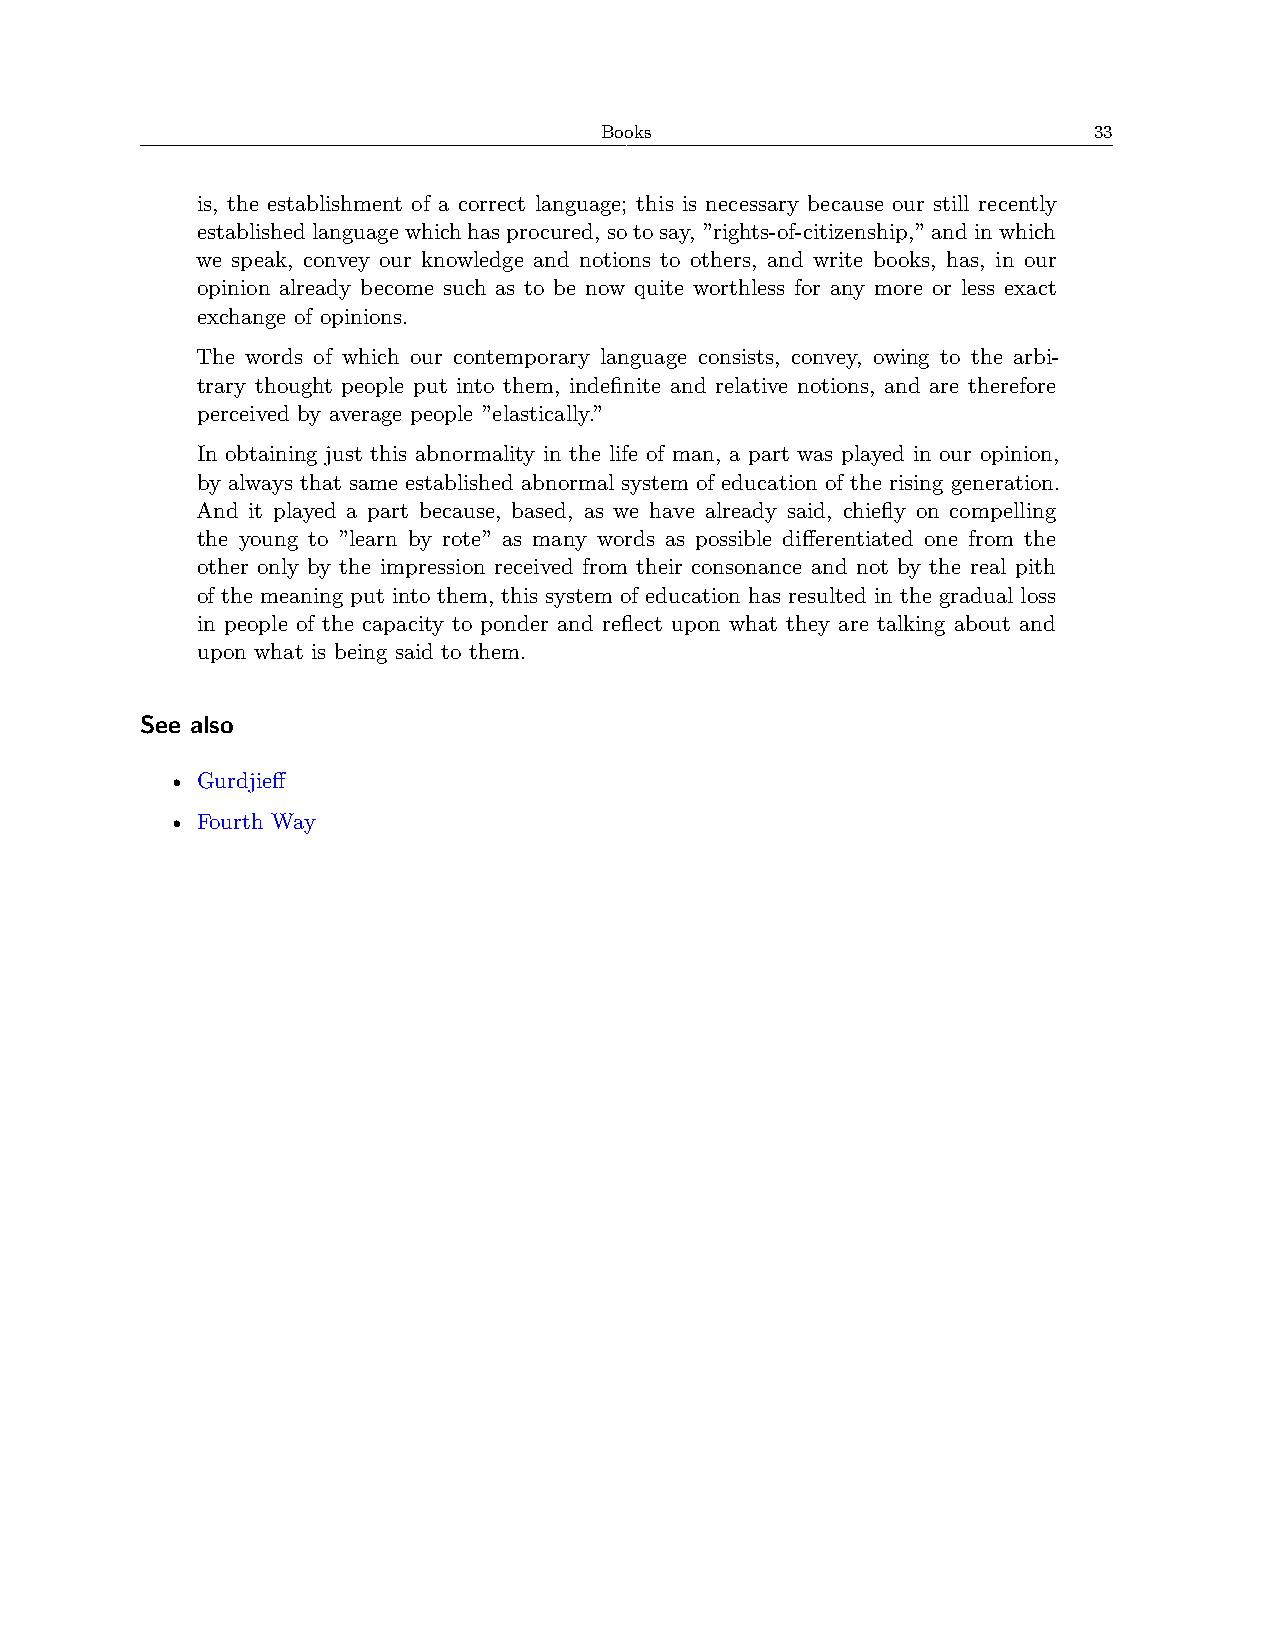
Books                           33
 is, the establishment of a correct language; this is necessary because our still recently
 establishedlanguagewhichhasprocured, sotosay, ”rights-of-citizenship,”andinwhich
 we speak, convey our knowledge and notions to others, and write books, has, in our
 opinion already become such as to be now quite worthless for any more or less exact
 exchange of opinions.
 The words of which our contemporary language consists, convey, owing to the arbi-
 trary thought people put into them, indefinite and relative notions, and are therefore
 perceived by average people ”elastically.”
 In obtaining just this abnormality in the life of man, a part was played in our opinion,
 by always that same established abnormal system of education of the rising generation.
 And it played a part because, based, as we have already said, chiefly on compelling
 the young to ”learn by rote” as many words as possible differentiated one from the
 other only by the impression received from their consonance and not by the real pith
 of the meaning put into them, this system of education has resulted in the gradual loss
 in people of the capacity to ponder and reflect upon what they are talking about and
 upon what is being said to them.
 See also
 • Gurdjieff
 • Fourth Way